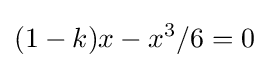
(1-k)x-x^{3}/6=0